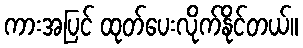
ကားအပြင် ထုတ်ပေးလိုက်နိုင်တယ်။